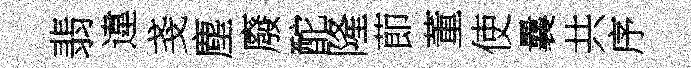
翡違戔塵廢酡隆莭董使曩共序